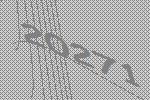
20271